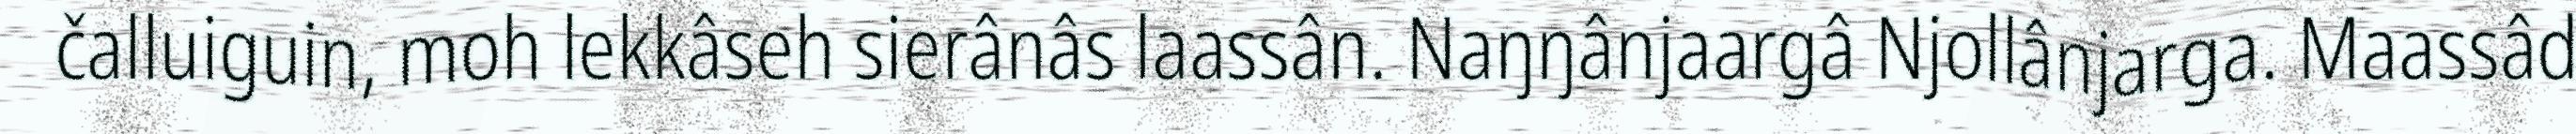
čalluiguin, moh lekkâseh sierânâs laassân. Naŋŋânjaargâ Njollânjarga. Maassâd